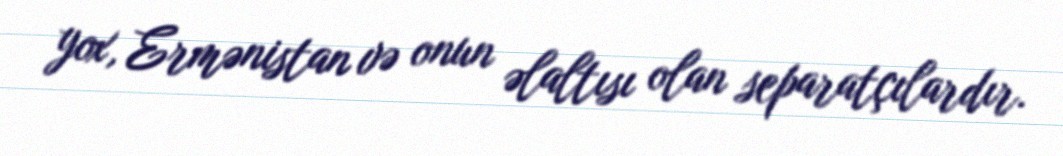
yox, Ermənistan və onun əlaltısı olan separatçılardır.